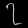
Digit: ၇